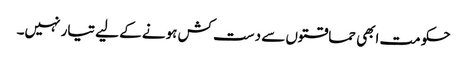
حکومت ابھی حماقتوں سے دست کش ہونے کے لیے تیار نہیں۔